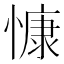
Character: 慷